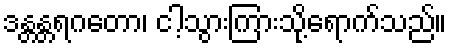
ဒန္တန္တရဂတော၊ ငါ့သွားကြားသို့ရောက်သည်။